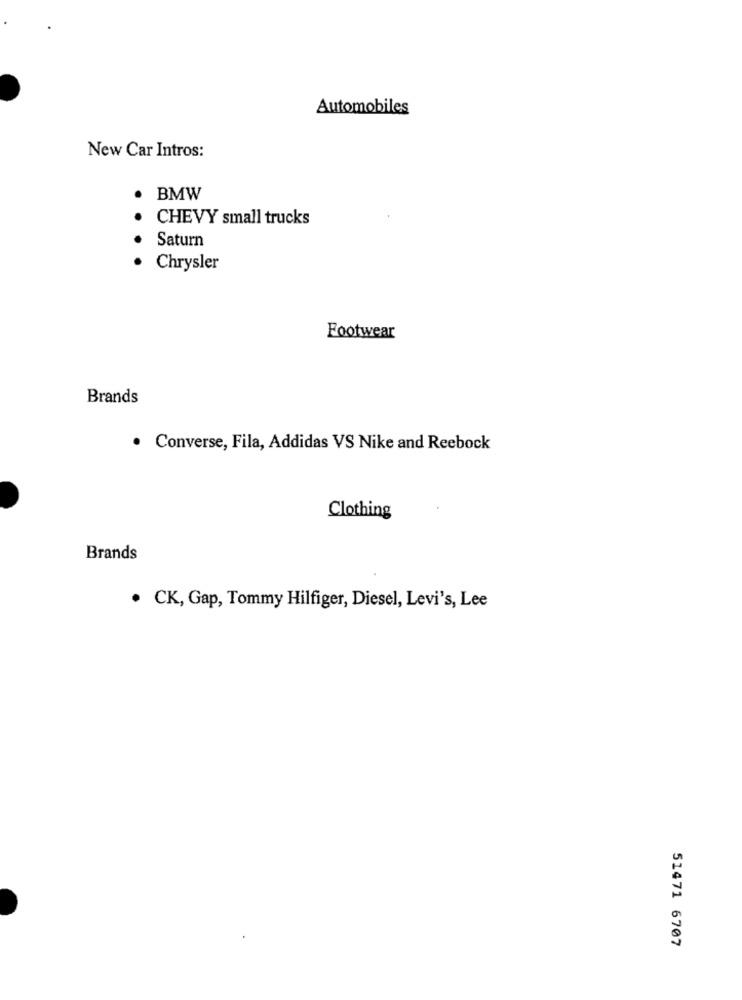
Automobiles
New Car Intros:
BMW
CHEVY small trucks
Saturn
Chrysler
Footwear
Brands
. Converse, Fila, Addidas VS Nike and Reebock
Clothing
Brands
. CK, Gap, Tommy Hilfiger, Diesel, Levi's, Lee
51471 6707